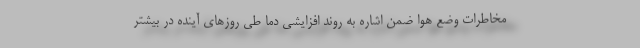
مخاطرات وضع هوا ضمن اشاره به روند افزایشی دما طی روزهای آینده در بیشتر